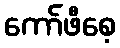
ကော်ဖီစေ့